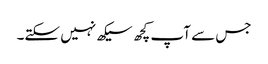
جس سے آپ کچھ سیکھ نہیں سکتے۔